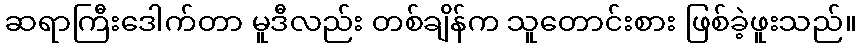
ဆရာကြီးဒေါက်တာ မူဒီလည်း တစ်ချိန်က သူတောင်းစား ဖြစ်ခဲ့ဖူးသည်။